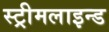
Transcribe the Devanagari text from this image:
स्ट्रीमलाइन्ड